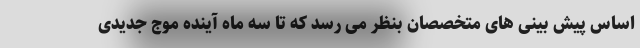
اساس پیش بینی های متخصصان بنظر می رسد که تا سه ماه آینده موج جدیدی